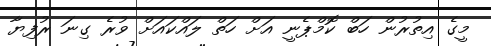
މީގެ އިތުރުން ހަބް ކޮމްޕެނީ އަށް ހަތް ލައްކައަށް ވުރެ ގިނަ ރުފިޔާ